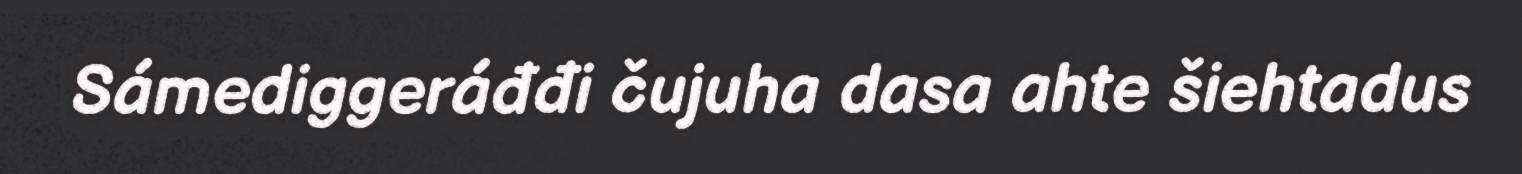
Sámediggeráđđi čujuha dasa ahte šiehtadus